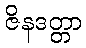
ဇိနဒတ္တာ